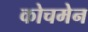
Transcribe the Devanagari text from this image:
कोचमेन